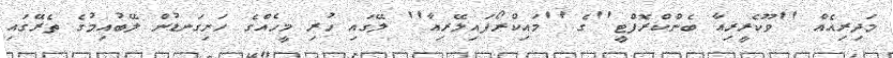
މަދިރިއެއް ''ވޫކެރީރިއާ ބެންކްރޮފްޓީ''ގެ ''މައިކްރޯފައިލޭރިއާ'' ލޭގައި ހުރި މީހެއްގެ ހަށިގަނޑުން ލޭބުއިމުގެ ތެރޭގައި